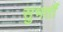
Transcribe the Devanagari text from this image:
सुभतौं